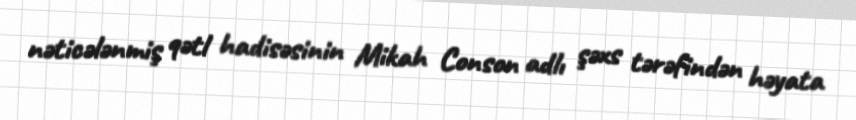
nəticələnmiş qətl hadisəsinin Mikah Conson adlı şəxs tərəfindən həyata